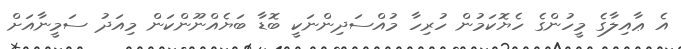
އެ ޢާއިލާގެ މީހުންގެ ހެޔޮކަމުން ހުރިހާ މުއްސަދިންނަކީ ބޮޑާ ބަޔެއްނޫންކަން މިއަދު ސަމީނާއަށް